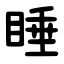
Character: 睡